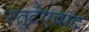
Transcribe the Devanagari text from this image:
स्तुर्टएवांट